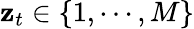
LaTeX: \mathbf{z}_{t}\in\{ 1,\cdots,M\}